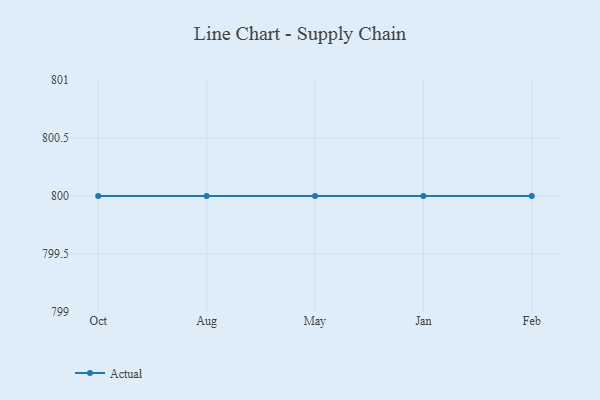
{"axis": {"x": "Month", "y": "Latency (ms)"}, "legend": ["Actual"], "data": [{"x": "Oct", "y": 800, "type": "Actual"}, {"x": "Aug", "y": 800, "type": "Actual"}, {"x": "May", "y": 800, "type": "Actual"}, {"x": "Jan", "y": 800, "type": "Actual"}, {"x": "Feb", "y": 800, "type": "Actual"}]}